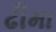
ઢીમા